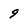
Character: 9